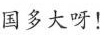
国多大呀！